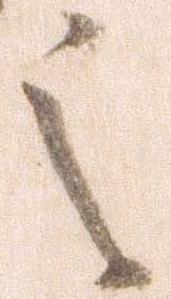
之